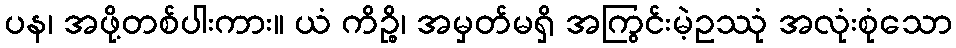
ပန၊ အဖို့တစ်ပါးကား။ ယံ ကိဉ္စိ၊ အမှတ်မရှိ အကြွင်းမဲ့ဥဿုံ အလုံးစုံသော